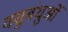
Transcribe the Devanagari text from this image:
वसुबंधुओं